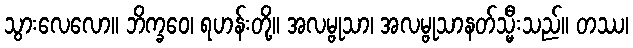
သွားလေလော။ ဘိက္ခဝေ၊ ရဟန်းတို့။ အလမ္ဗုသာ၊ အလမ္ဗုသာနတ်သ္မီးသည်။ တဿ၊